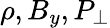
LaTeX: \rho,B_{y},P_{\perp}